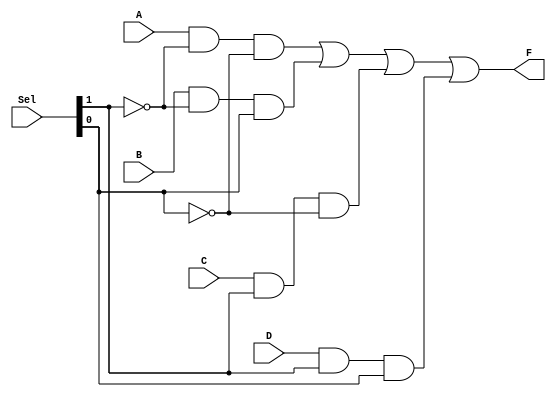
module mux_4to1 (
    output wire F,
    input wire A, B, C , D,
    input wire [1:0] Sel
);

    assign F = (A & ~Sel[1] & ~Sel[0]) |
               (B & ~Sel[1] & Sel[0]) |
               (C & Sel[1] & ~Sel[0]) |
               (D & Sel[1] & Sel[0]); 
endmodule